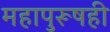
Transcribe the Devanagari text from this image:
महापुरूषही